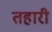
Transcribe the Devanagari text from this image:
तहारी